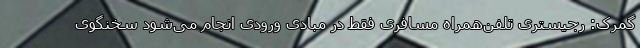
گمرک: رجیستری تلفن‌همراه مسافری فقط در مبادی ورودی انجام می‌شود سخنگوی